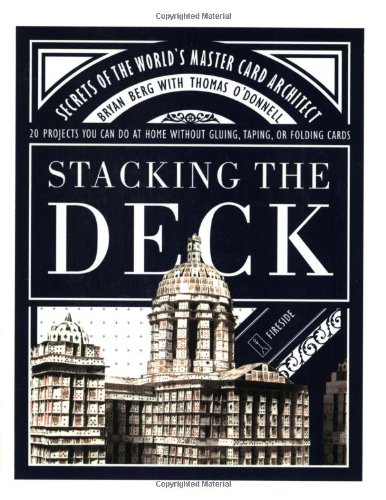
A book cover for Stacking the Deck: Secrets of the World's Master Card Architect; Bryan Berg; Science Fiction & Fantasy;